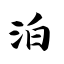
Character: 泊